Vaccination in the Punjab 1919-1929 - 1919-1929
Year: 1919
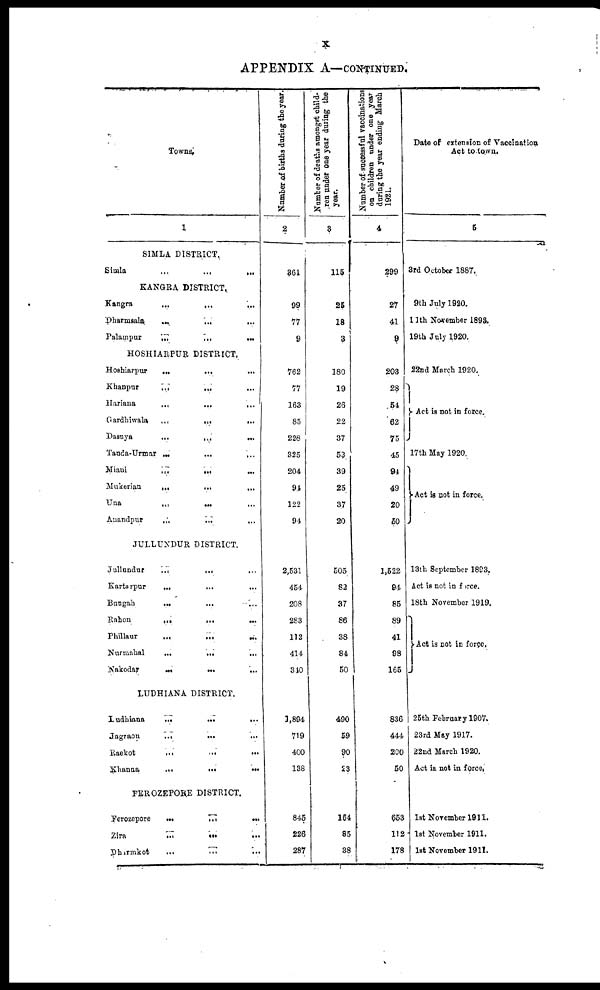
X
APPENDIX A— CONTINUED.
Towns.
1
SIMLA DISTRICT.
Simla
...
...
...
KANGRA DISTRICT.
Kangra
...
...
...
Dharmsala
...
...
...
Palampur
...
...
...
HOSHIARPUR DISTRICT.
Hoshiarpur
...
...
...
Khanpur
...
...
...
Hariana
...
...
...
Gardhiwala
...
...
...
Dasuya
...
...
...
Tanda-Urmar
...
...
...
Miani
...
...
...
Mukerian
...
...
...
Una
...
...
...
Anandpur
...
...
...
JULLUNDUR DISTRICT.
Jullandur
...
...
...
Kartarpur
...
...
...
Bungah ... ... ...
Rahon
...
...
...
Phillaur ... ... ...
Nurmahal
...
...
...
Nakodar
...
...
...
LUDHIANA DISTRICT.
Ludhiana
...
...
...
...
Jagraon
...
...
...
Raekot
...
...
...
Khanna
...
...
...
FEROZEPORE DISTRICT.
Ferozepore
...
...
...
Zira
...
...
...
Dhirmkot
...
...
...
Number of births dating the year.
2
361
99
77
9
762
77
163
85
226
325
204
94
122
94
2,531
454
208
283
112
414
340
1,894
719
400
138
845
226
287
Number of deaths amongst child-
ran under one year during the
year.
3
115
25
18
3
180
19
26
22
37
53
39
25
37
20
505
82
37
86
38
84
50
490
59
90
23
164
85
38
Number of successful vaccinations
on children under one year
during the year ending March
1921.
4
299
27
41
9
203
28
54
62
75
45
94
49
20
50
1,522
94
85
89
41
98
165
836
444
200
50
653
112
178
Date of extension of Vaccination
Act to town.
5
3rd October 1887.
9th July 1920.
11th November 1893.
19th July 1920.
22nd March 1920.
Act is not in force.
17th May 1920
Act is not in force.
13th September 1893.
Act is not in force.
18th November 1919.
Act is not in force.
25th February 1907,
23rd May 1917.
22nd March 1920.
Act is not in force.
1st November 1911.
1st November 1911.
1st November 1911.